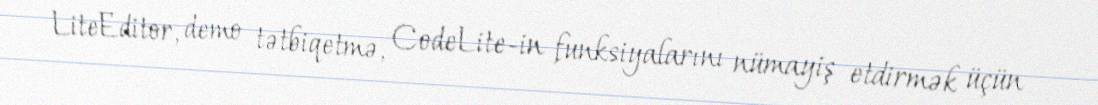
LiteEditor, demo tətbiqetmə, CodeLite-in funksiyalarını nümayiş etdirmək üçün